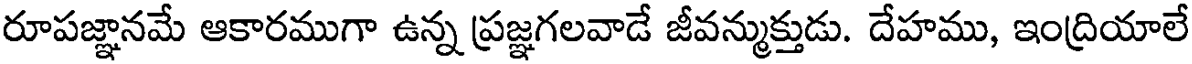
రూపజ్ఞానమే ఆకారముగా ఉన్న ప్రజ్ఞగలవాడే జీవన్ముక్తుడు. దేహము, ఇంద్రియాలే